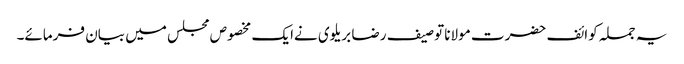
یہ جملہ کوائف حضرت مولانا توصیف رضا بریلوی نےایک مخصوص مجلس میں بیان فرمائے۔